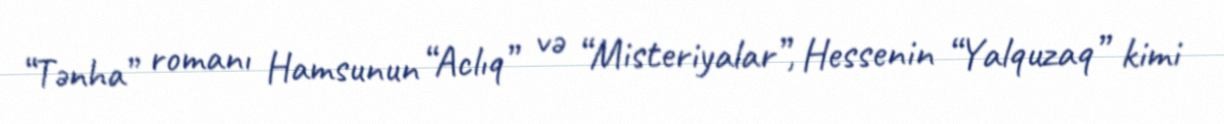
“Tənha” romanı Hamsunun “Aclıq” və “Misteriyalar”, Hessenin “Yalquzaq” kimi